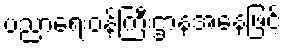
ပညာရေးဝန်ကြီးဌာနအနေဖြင့်